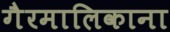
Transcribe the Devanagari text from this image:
गैरमालिकाना